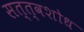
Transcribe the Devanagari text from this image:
सत्त्वशोध